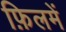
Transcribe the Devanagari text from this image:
फ़िलमें